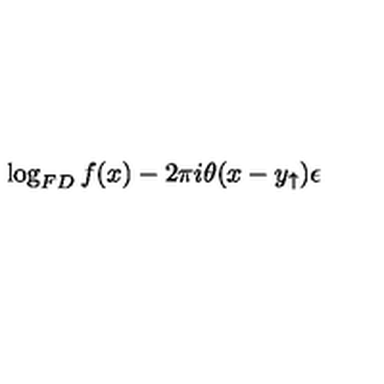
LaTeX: \log _ { F D } f ( x ) - 2 \pi i \theta ( x - y _ { \uparrow } ) \epsilon